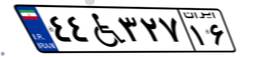
۴۴W۳۲۷۱۶